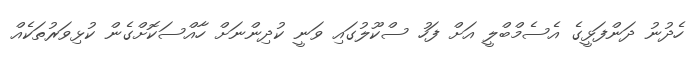
ހެދުނު ދަންފަޅީގެ އެސެމްބްލީ އަށް ފަހު ސްކޫލުގައި ވަނީ ކުދިންނަށް ހާއްސަކޮށްގެން ކުޅިވަރުތަކެއް